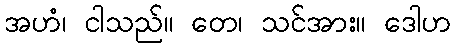
အဟံ၊ ငါသည်။ တေ၊ သင်အား။ ဒေါဟ